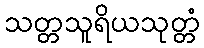
သတ္တသူရိယသုတ္တံ